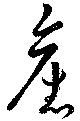
舊